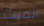
الميث